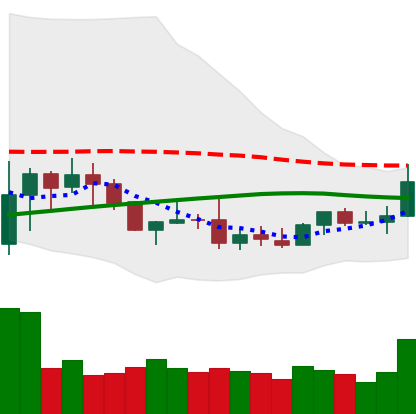
Ticker: DOGE-USD
Chart end date: 2019-08-05
Forward return: -7.937%
Label: down_7plus